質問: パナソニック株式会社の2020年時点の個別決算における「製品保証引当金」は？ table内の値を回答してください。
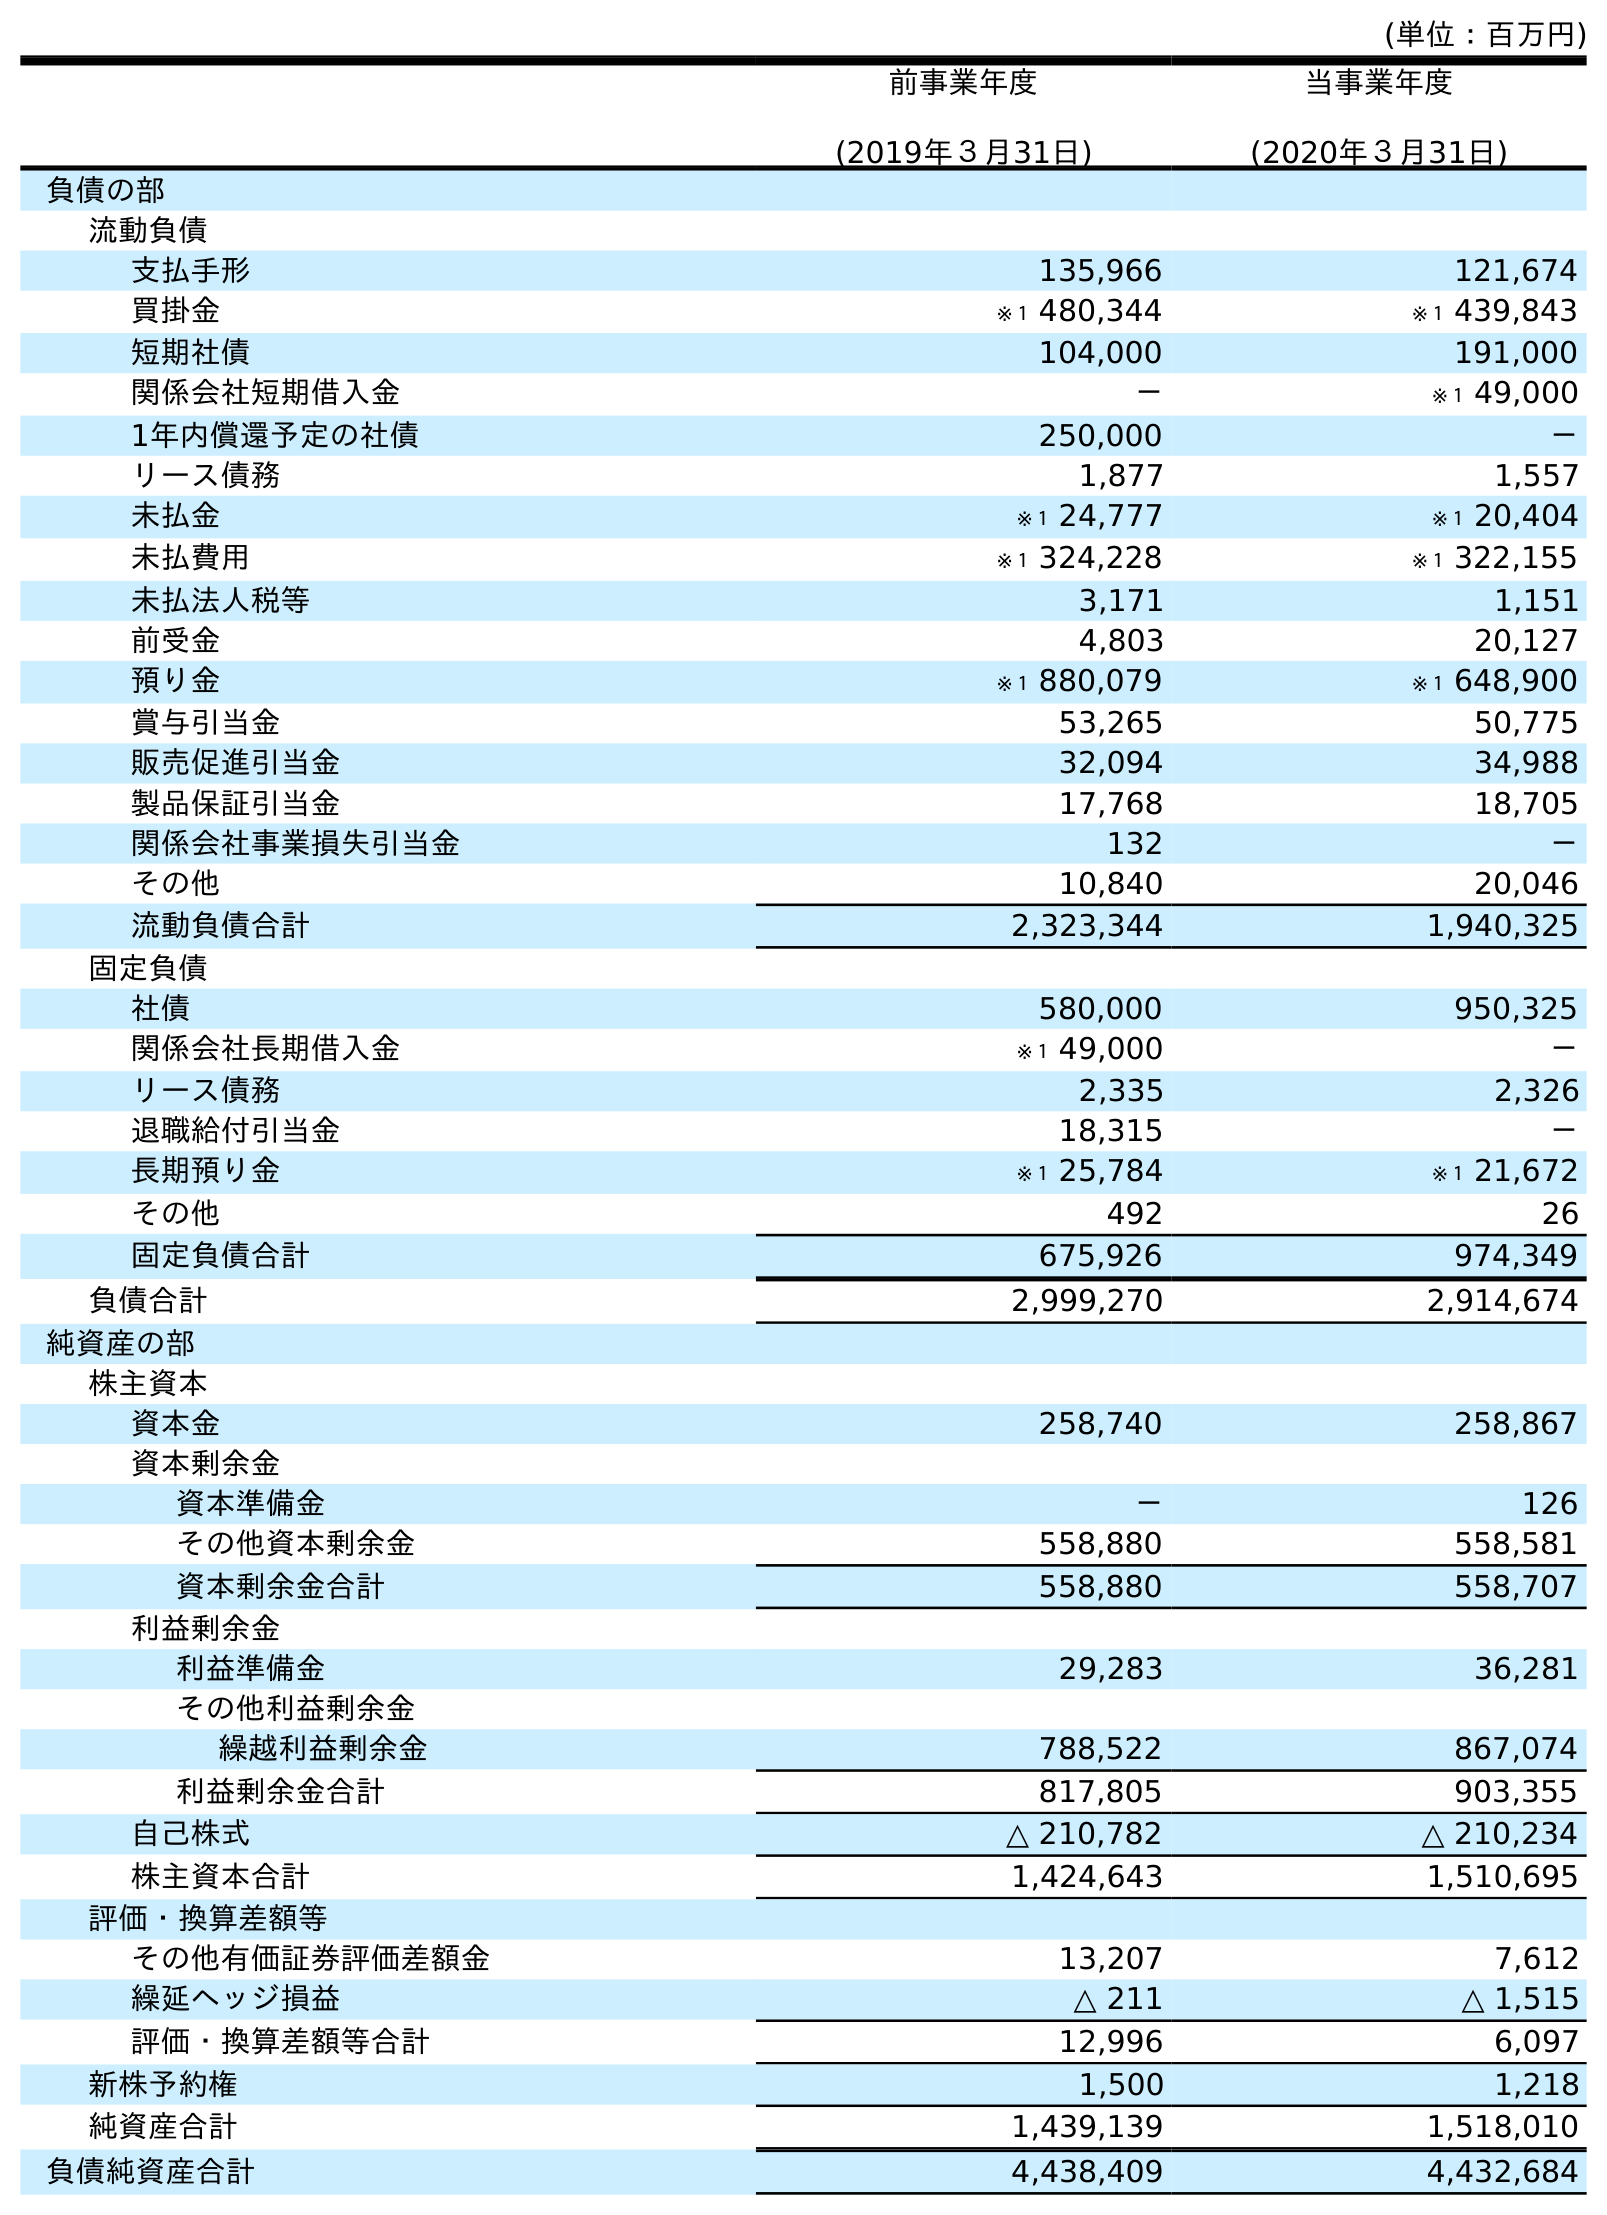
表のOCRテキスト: (単位：百万円) 前事業年度 (2019年３月31日) 当事業年度 (2020年３月31日) 負債の部 流動負債 支払手形 135,966 121,674 買掛金 ※１ 480,344 ※１ 439,843 短期社債 104,000 191,000 関係会社短期借入金 － ※１ 49,000 1年内償還予定の社債 250,000 － リース債務 1,877 1,557 未払金 ※１ 24,777 ※１ 20,404 未払費用 ※１ 324,228 ※１ 322,155 未払法人税等 3,171 1,151 前受金 4,803 20,127 預り金 ※１ 880,079 ※１ 648,900 賞与引当金 53,265 50,775 販売促進引当金 32,094 34,988 製品保証引当金 17,768 18,705 関係会社事業損失引当金 132 － その他 10,840 20,046 流動負債合計 2,323,344 1,940,325 固定負債 社債 580,000 950,325 関係会社長期借入金 ※１ 49,000 － リース債務 2,335 2,326 退職給付引当金 18,315 － 長期預り金 ※１ 25,784 ※１ 21,672 その他 492 26 固定負債合計 675,926 974,349 負債合計 2,999,270 2,914,674 純資産の部 株主資本 資本金 258,740 258,867 資本剰余金 資本準備金 － 126 その他資本剰余金 558,880 558,581 資本剰余金合計 558,880 558,707 利益剰余金 利益準備金 29,283 36,281 その他利益剰余金 繰越利益剰余金 788,522 867,074 利益剰余金合計 817,805 903,355 自己株式 △ 210,782 △ 210,234 株主資本合計 1,424,643 1,510,695 評価・換算差額等 その他有価証券評価差額金 13,207 7,612 繰延ヘッジ損益 △ 211 △ 1,515 評価・換算差額等合計 12,996 6,097 新株予約権 1,500 1,218 純資産合計 1,439,139 1,518,010 負債純資産合計 4,438,409 4,432,684
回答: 18,705